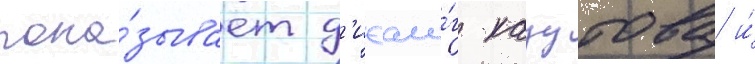
пока́зывает д'иало́г казутова и́